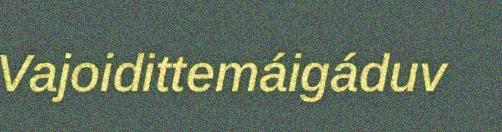
Vajoidittemáigáduv